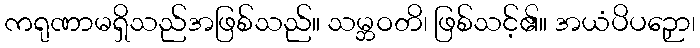
ကရုဏာမရှိသည်အဖြစ်သည်။ သမ္ဘဝတိ၊ ဖြစ်သင့်၏။ အယံပိပဉှော၊